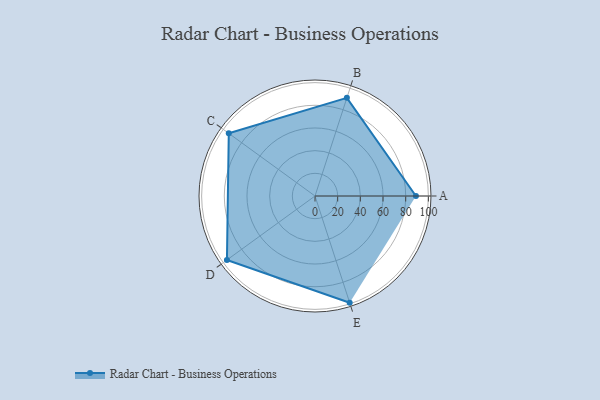
{"axis": {"x": "Skill", "y": "Score"}, "legend": ["Profile"], "data": [{"x": "A", "y": 89.0, "type": "Profile"}, {"x": "B", "y": 91.0, "type": "Profile"}, {"x": "C", "y": 94.0, "type": "Profile"}, {"x": "D", "y": 96.0, "type": "Profile"}, {"x": "E", "y": 99, "type": "Profile"}]}